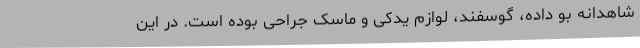
شاهدانه بو داده، گوسفند، لوازم یدکی و ماسک جراحی بوده است. در این